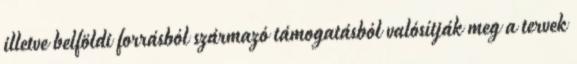
illetve belföldi forrásból származó támogatásból valósítják meg a tervek